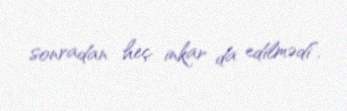
sonradan heç inkar da edilmədi”.